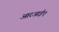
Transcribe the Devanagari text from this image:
आरआईए